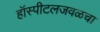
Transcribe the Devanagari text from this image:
हॉस्पीटलजवळचा